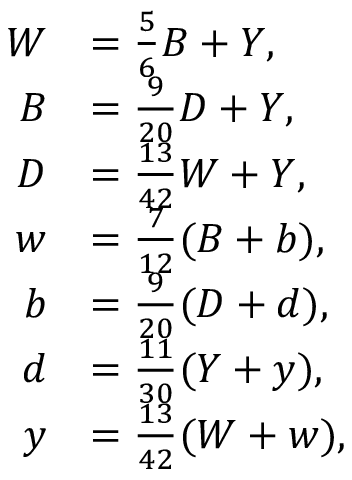
{ \begin{array} { r l } { W } & { = { \frac { 5 } { 6 } } B + Y , } \\ { B } & { = { \frac { 9 } { 2 0 } } D + Y , } \\ { D } & { = { \frac { 1 3 } { 4 2 } } W + Y , } \\ { w } & { = { \frac { 7 } { 1 2 } } ( B + b ) , } \\ { b } & { = { \frac { 9 } { 2 0 } } ( D + d ) , } \\ { d } & { = { \frac { 1 1 } { 3 0 } } ( Y + y ) , } \\ { y } & { = { \frac { 1 3 } { 4 2 } } ( W + w ) , } \end{array} }